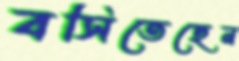
বসিতেছেন